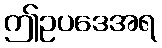
ဤဥပဒေအရ